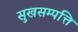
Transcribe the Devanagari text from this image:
सुखसम्पत्ति